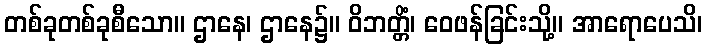
တစ်ခုတစ်ခုစီသော။ ဌာနေ၊ ဌာနေ၌။ ဝိဘတ္တိံ၊ ဝေဖန်ခြင်းသို့။ အာရောပေသိ၊